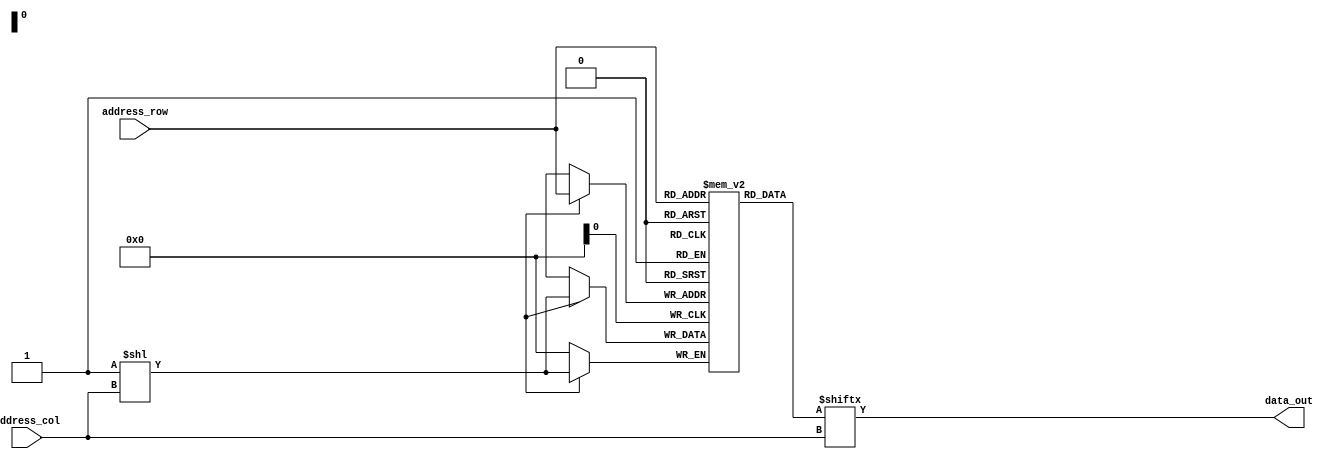
module anti_fuse_ROM (
  input wire [7:0] address_row,
  input wire [7:0] address_col,
  output reg data_out
);

// Memory cell array
reg [7:0] memory_array [0:255];

// Programming the anti-fuse elements
always @(posedge clk) begin
  if (programming_enable) begin
    memory_array[address_row][address_col] <= 1'b1;
  end
end

// Reading out the ROM array
always @(*) begin
  data_out = memory_array[address_row][address_col];
end

endmodule